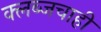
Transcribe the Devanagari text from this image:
क्लब्जचाही